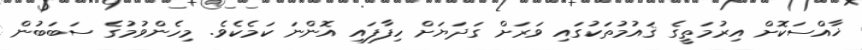
ޚާއްސަކޮށް އިރުމަތީގެ ޤައުމުތަކުގައި ވަރަށް ގަދަޔަށް ހިފާފައި އޮންނަ ކަމެކެވެ. މިހެންވުމުގެ ސަބަބުން